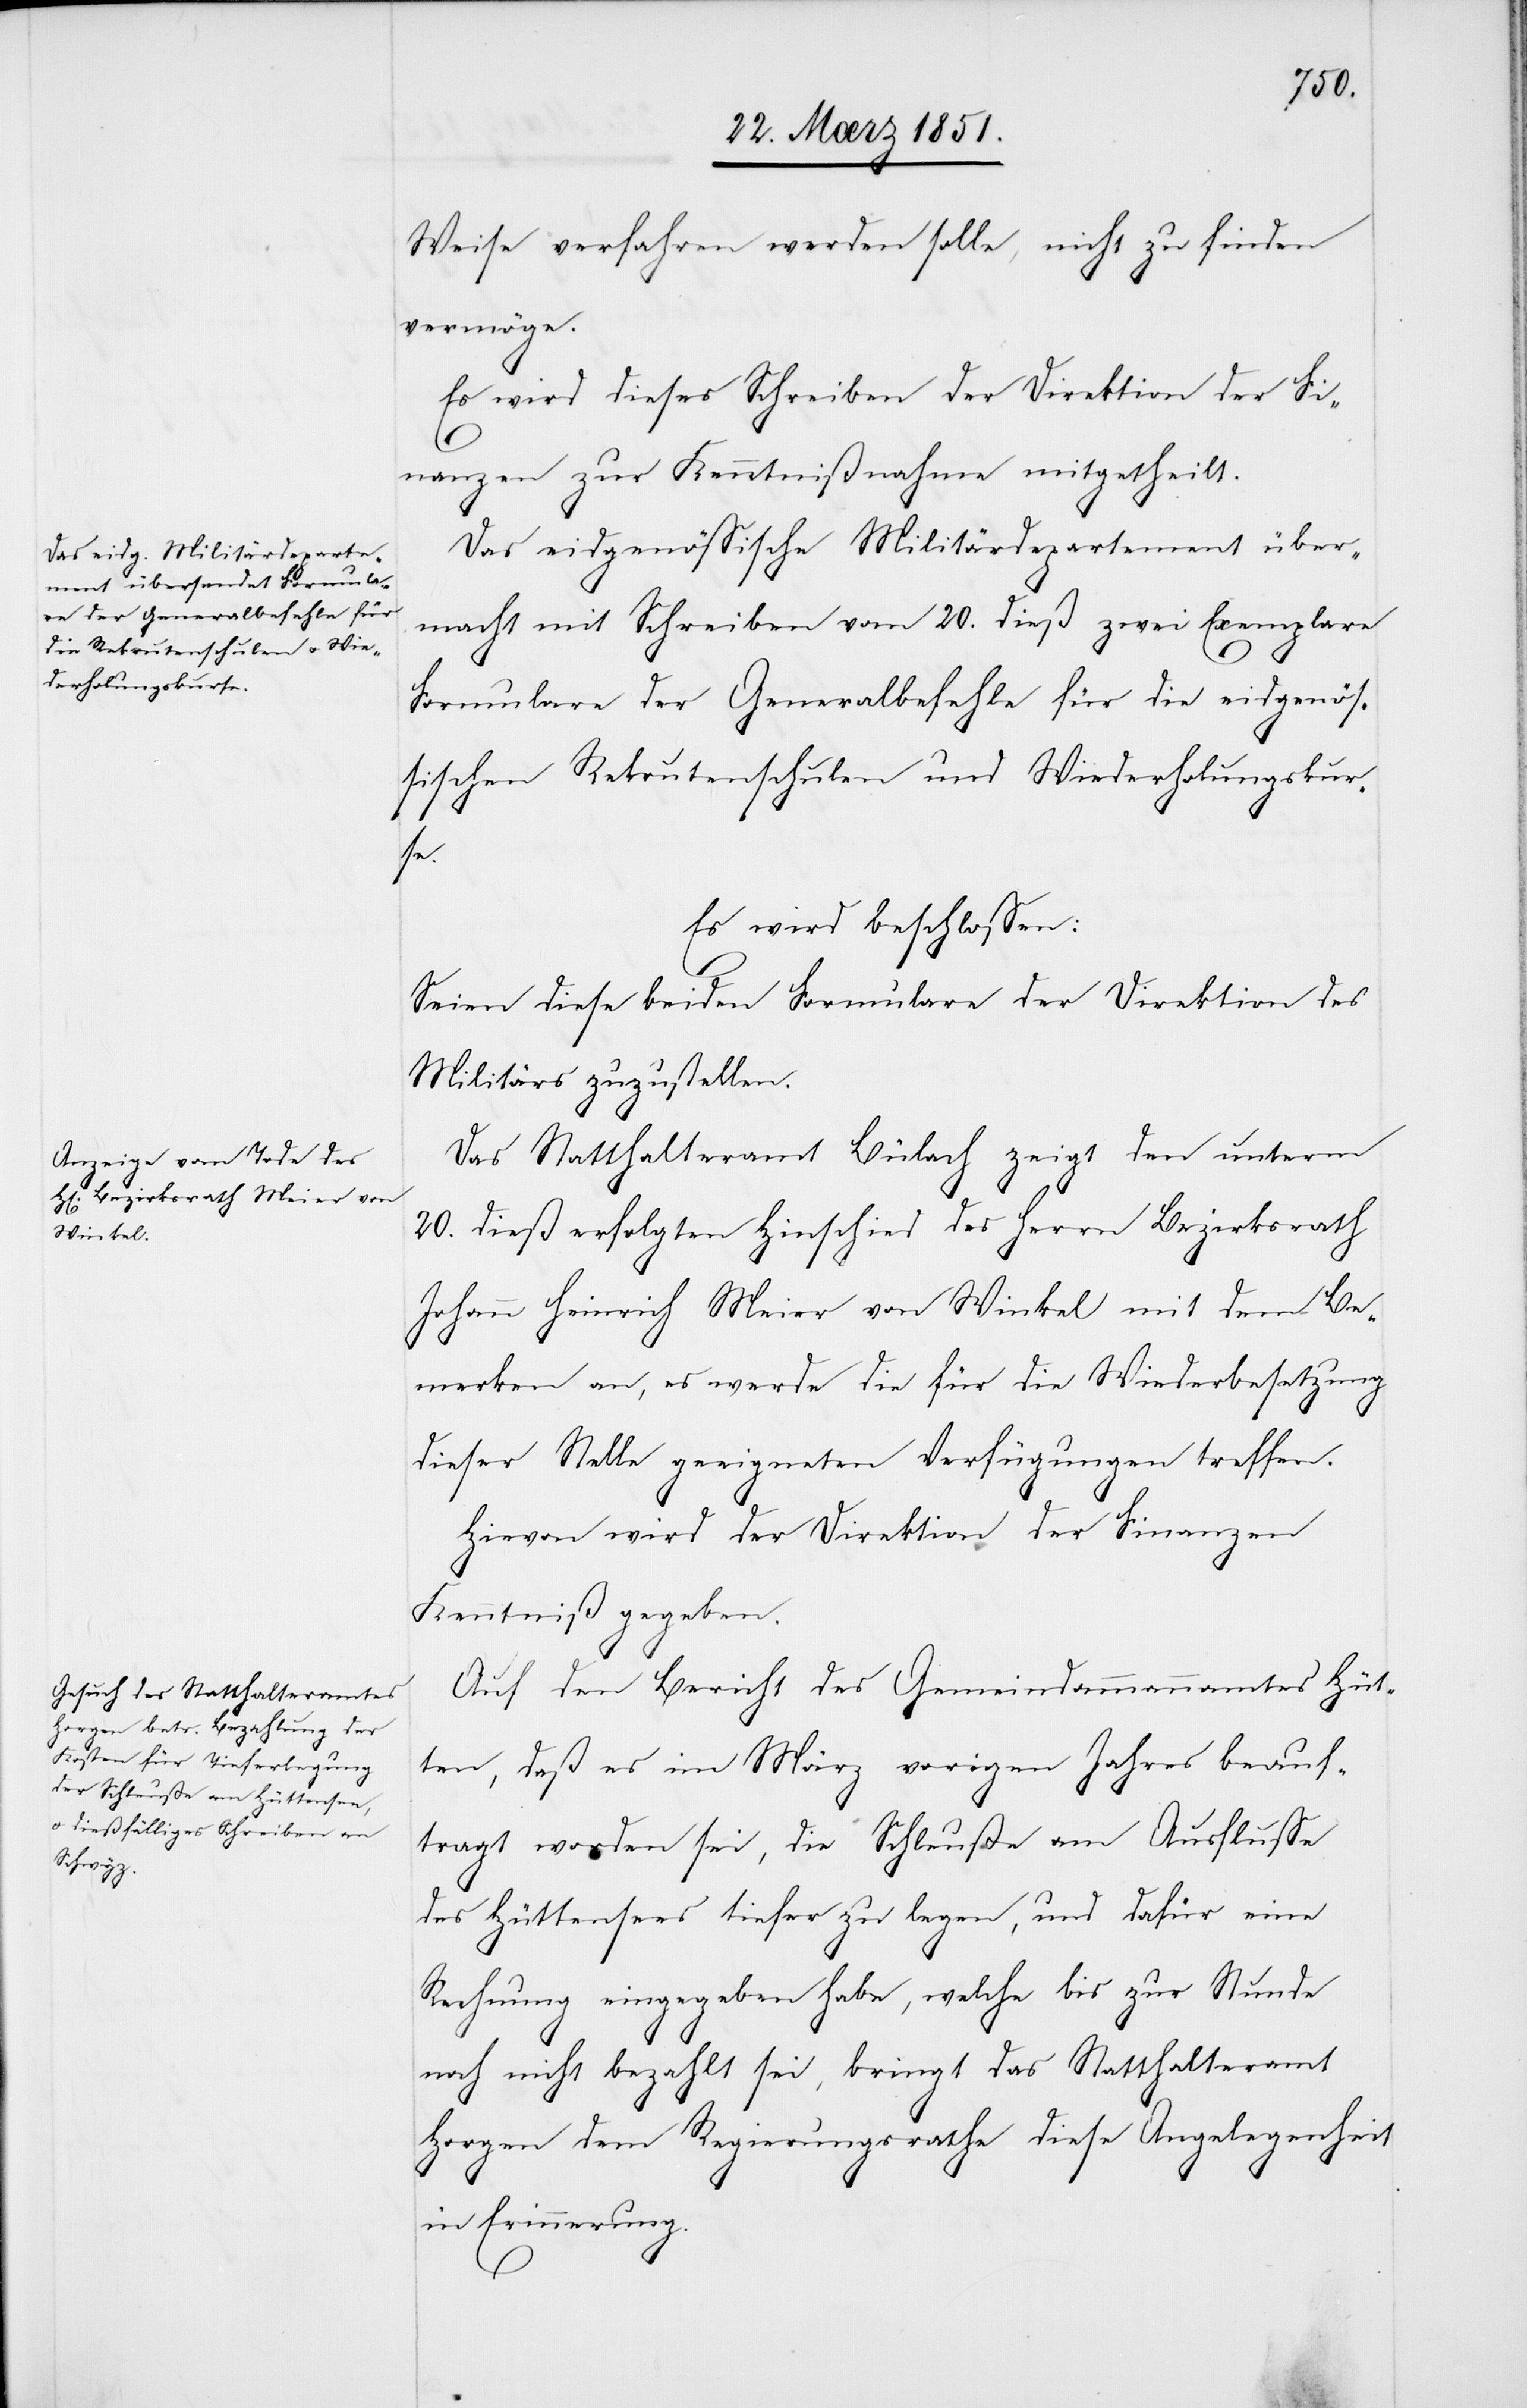
Weise verfahren werden solle, nicht zu finden
vermöge.
Es wird dieses Schreiben der Direktion der Fi¬
nanzen zur Kenntnißnahme mitgetheilt.
Das eidgenössische Militärdepartement über¬
macht mit Schreiben vom 20. dieß zwei Exemplare
Formulare der Generalbefehle für die Eidgenös¬
sischen Rekrutenschulen und Wiederholungskur¬
se.
Es wird beschlossen:
Seien diese beiden Formulare der Direktion des
Militärs zuzustellen.
Das Statthalteramt Bülach zeigt den unterm
20. dieß erfolgten Hinschied des Herrn Bezirksrath
Johann Heinrich Meier von Winkel mit dem Be¬
merken an, es werde die für die Wiederbesetzung
dieser Stelle geeigneten Verfügungen treffen.
Hievon wird der Direktion der Finanzen
Kenntniß gegeben.
Auf den Bericht des Gemeindammannamtes Hüt¬
ten, daß es im März vorigen Jahres beauf¬
tragt worden sei, die Schleuße am Ausfluße
des Hüttensees tiefer zu legen, und dafür eine
Rechnung eingegeben habe, welche bis zur Stunde
noch nicht bezahlt sei, bringt das Statthalteramt
Horgen dem Regierungsrathe diese Angelegenheit
in Erinnerung.